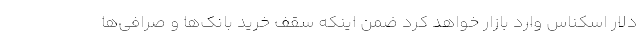
دلار اسکناس وارد بازار خواهد کرد ضمن اینکه سقف خرید بانک‌ها و صرافی‌ها